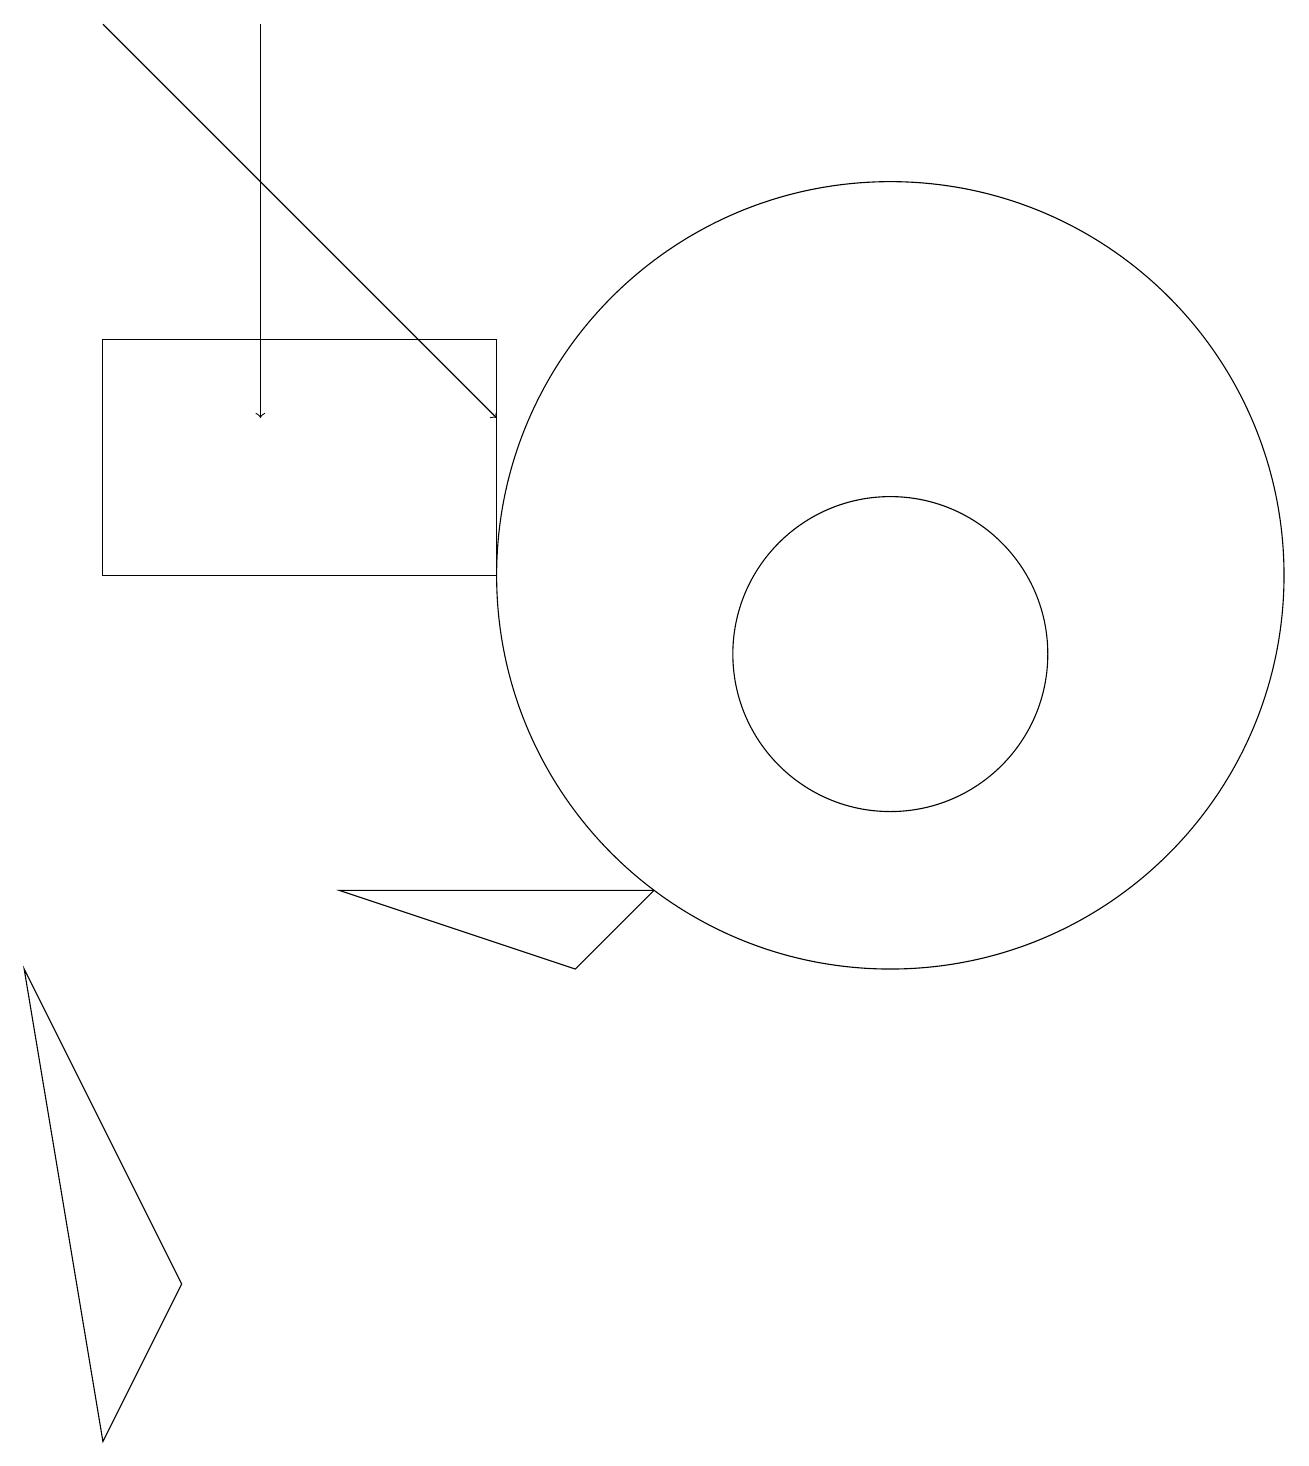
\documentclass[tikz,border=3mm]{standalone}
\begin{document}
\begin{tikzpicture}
\draw (1,11) rectangle (6,14);
\draw (0,6) -- (1,0) -- (2,2) -- cycle;
\draw (4,7) -- (8,7) -- (7,6) -- cycle;
\draw[->] (3,18) -- (3,13);
\draw (12,10) circle (0);
\draw[->] (1,18) -- (6,13);
\draw (11,10) circle (2);
\draw (11,11) circle (5);
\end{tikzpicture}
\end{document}